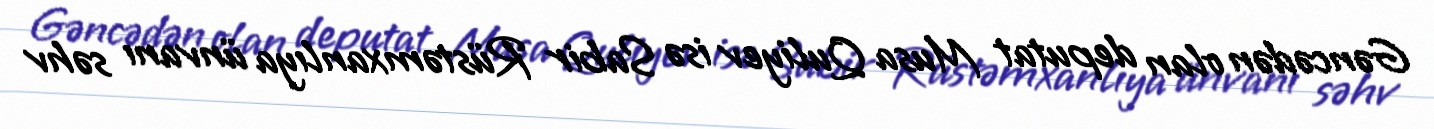
Gəncədən olan deputat Musa Quliyev isə Sabir Rüstəmxanlıya ünvanı səhv